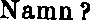
Namn?